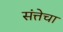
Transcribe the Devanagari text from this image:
संत्तेचा